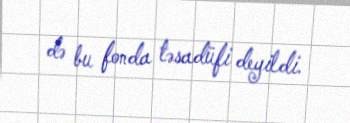
də bu fonda təsadüfi deyildi.